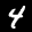
Label: 4